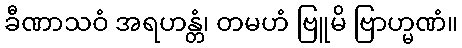
ခီဏာသဝံ အရဟန္တံ၊ တမဟံ ဗြူမိ ဗြာဟ္မဏံ။